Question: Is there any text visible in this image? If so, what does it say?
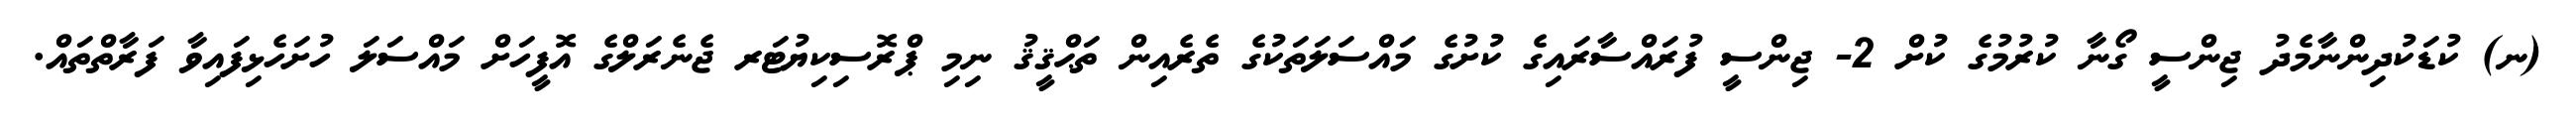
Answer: (ނ) ކުޑަކުދިންނާމެދު ޖިންސީ ގޯނާ ކުރުމުގެ ކުށް 2- ޖިންސީ ފުރައްސާރައިގެ ކުށުގެ މައްސަލަތަކުގެ ތެރެއިން ތަޙްޤީޤު ނިމި ޕްރޮސިކިޔުޓަރ ޖެނެރަލްގެ އޮފީހަށް މައްސަލަ ހުށަހެޅިފައިވާ ފަރާތްތައް.